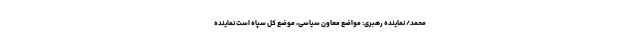
محمد/ نماینده رهبری: مواضع معاون سیاسی، موضع کل سپاه است نماینده